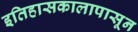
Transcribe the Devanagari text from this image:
इतिहासकालापासून